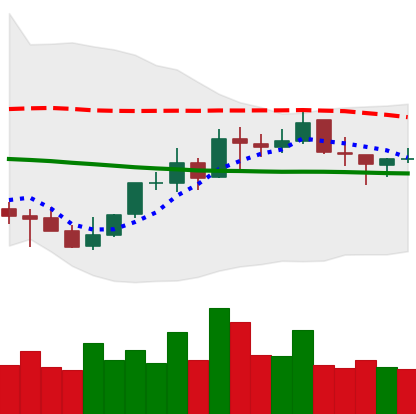
Ticker: NEO-USD
Chart end date: 2021-10-14
Forward return: -4.153%
Label: down_3_5